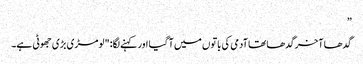
”
گدھا آخر گدھا تھا آدمی کی باتوں میں آ گیا اور کہنے لگا: "لومڑی بڑی جھوٹی ہے۔